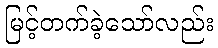
မြင့်တက်ခဲ့သော်လည်း